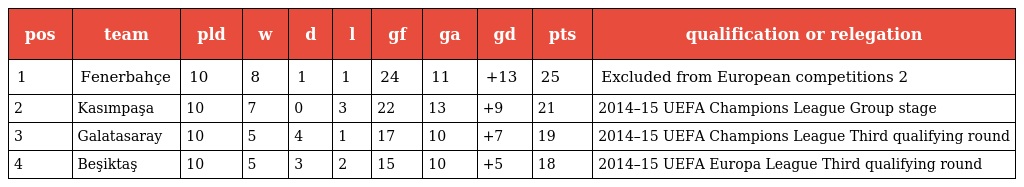
| pos | team | pld | w | d | l | gf | ga | gd | pts | qualification or relegation |
 | --- | --- | --- | --- | --- | --- | --- | --- | --- | --- | --- |
 | 1 | Fenerbahçe | 10 | 8 | 1 | 1 | 24 | 11 | +13 | 25 | Excluded from European competitions 2 |
 | 2 | Kasımpaşa | 10 | 7 | 0 | 3 | 22 | 13 | +9 | 21 | 2014–15 UEFA Champions League Group stage |
 | 3 | Galatasaray | 10 | 5 | 4 | 1 | 17 | 10 | +7 | 19 | 2014–15 UEFA Champions League Third qualifying round |
 | 4 | Beşiktaş | 10 | 5 | 3 | 2 | 15 | 10 | +5 | 18 | 2014–15 UEFA Europa League Third qualifying round |